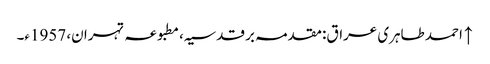
↑ احمد طاہری عراق: مقدمہ بر قدسیہ، مطبوعہ تہران، 1957ء۔